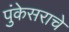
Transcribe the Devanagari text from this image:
पुंकेसराचे